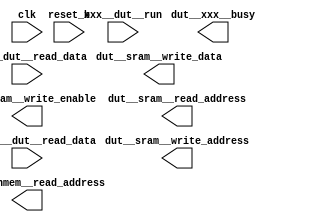
// Ports are named by SOURCE__DESTINATION__SIGNAL in this module
// It shows the directionality of the signal, which "xxx" is the test fixture
// and "dut" stants for "device under test", which is your module.
//
//Good luck with your project!


module ECE464MyDesign
	    (

            //---------------------------------------------------------------------------
            // Control
            //
            input  wire               xxx__dut__run            ,
            output reg                dut__xxx__busy           , // high when computing
            input  wire               clk                      ,
            input  wire               reset_b                  ,


            //---------------------------------------------------------------------------
            //---------------------------------------------------------------------------
            // SRAM interface
            //
            output reg  [11:0]        dut__sram__write_address  ,
            output reg  [15:0]        dut__sram__write_data     ,
            output reg                dut__sram__write_enable   ,
            output reg  [11:0]        dut__sram__read_address   ,
            input  wire [15:0]        sram__dut__read_data      ,

            //---------------------------------------------------------------------------
            // Tanh look up table tanhmem
            //
            output reg  [11:0]        dut__tanhmem__read_address,
            input  wire [15:0]        tanhmem__dut__read_data

            );

  //---------------------------------------------------------------------------
  //
  //<<<<----  YOUR CODE HERE    ---->>>>



endmodule